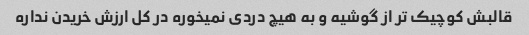
قالبش کوچیک تر از گوشیه و به هیچ دردی نمیخوره در کل ارزش خریدن نداره